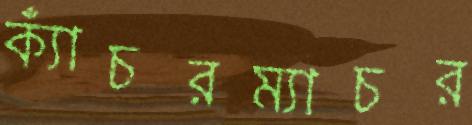
ক্যাঁচরম্যাচর